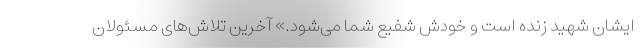
ایشان شهید زنده است و خودش شفیع شما می‌شود.» آخرین تلاش‌های مسئولان